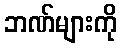
ဘဏ်များကို